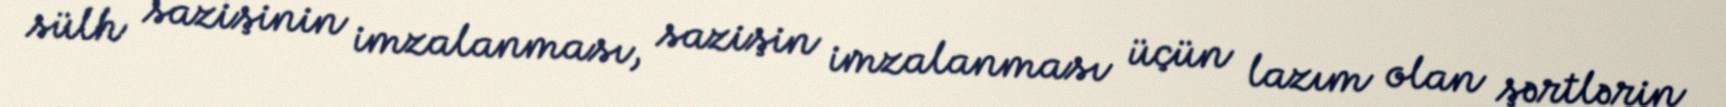
sülh sazişinin imzalanması, sazişin imzalanması üçün lazım olan şərtlərin